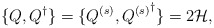
\begin{align*}\{Q,Q^\dagger\}=\{Q^{(s)},{Q^{(s)}}^\dagger\}=2{\cal H},\end{align*}